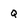
Character: Q